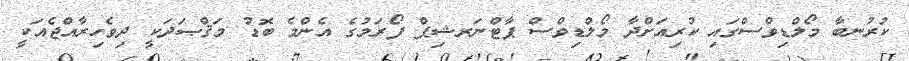
ކުރުނބާ މޯލްޑިވްސްގައި ކުރިއަށްދާ މޯލްޑިވްސް ޕާޓްނަރޝިޕް ފޯރަމުގެ އެންމެ ބޮޑު މަޤްޞަދަކީ ދިވެހިރާއްޖެއަކީ